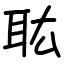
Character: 耾